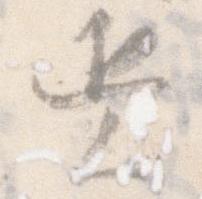
着